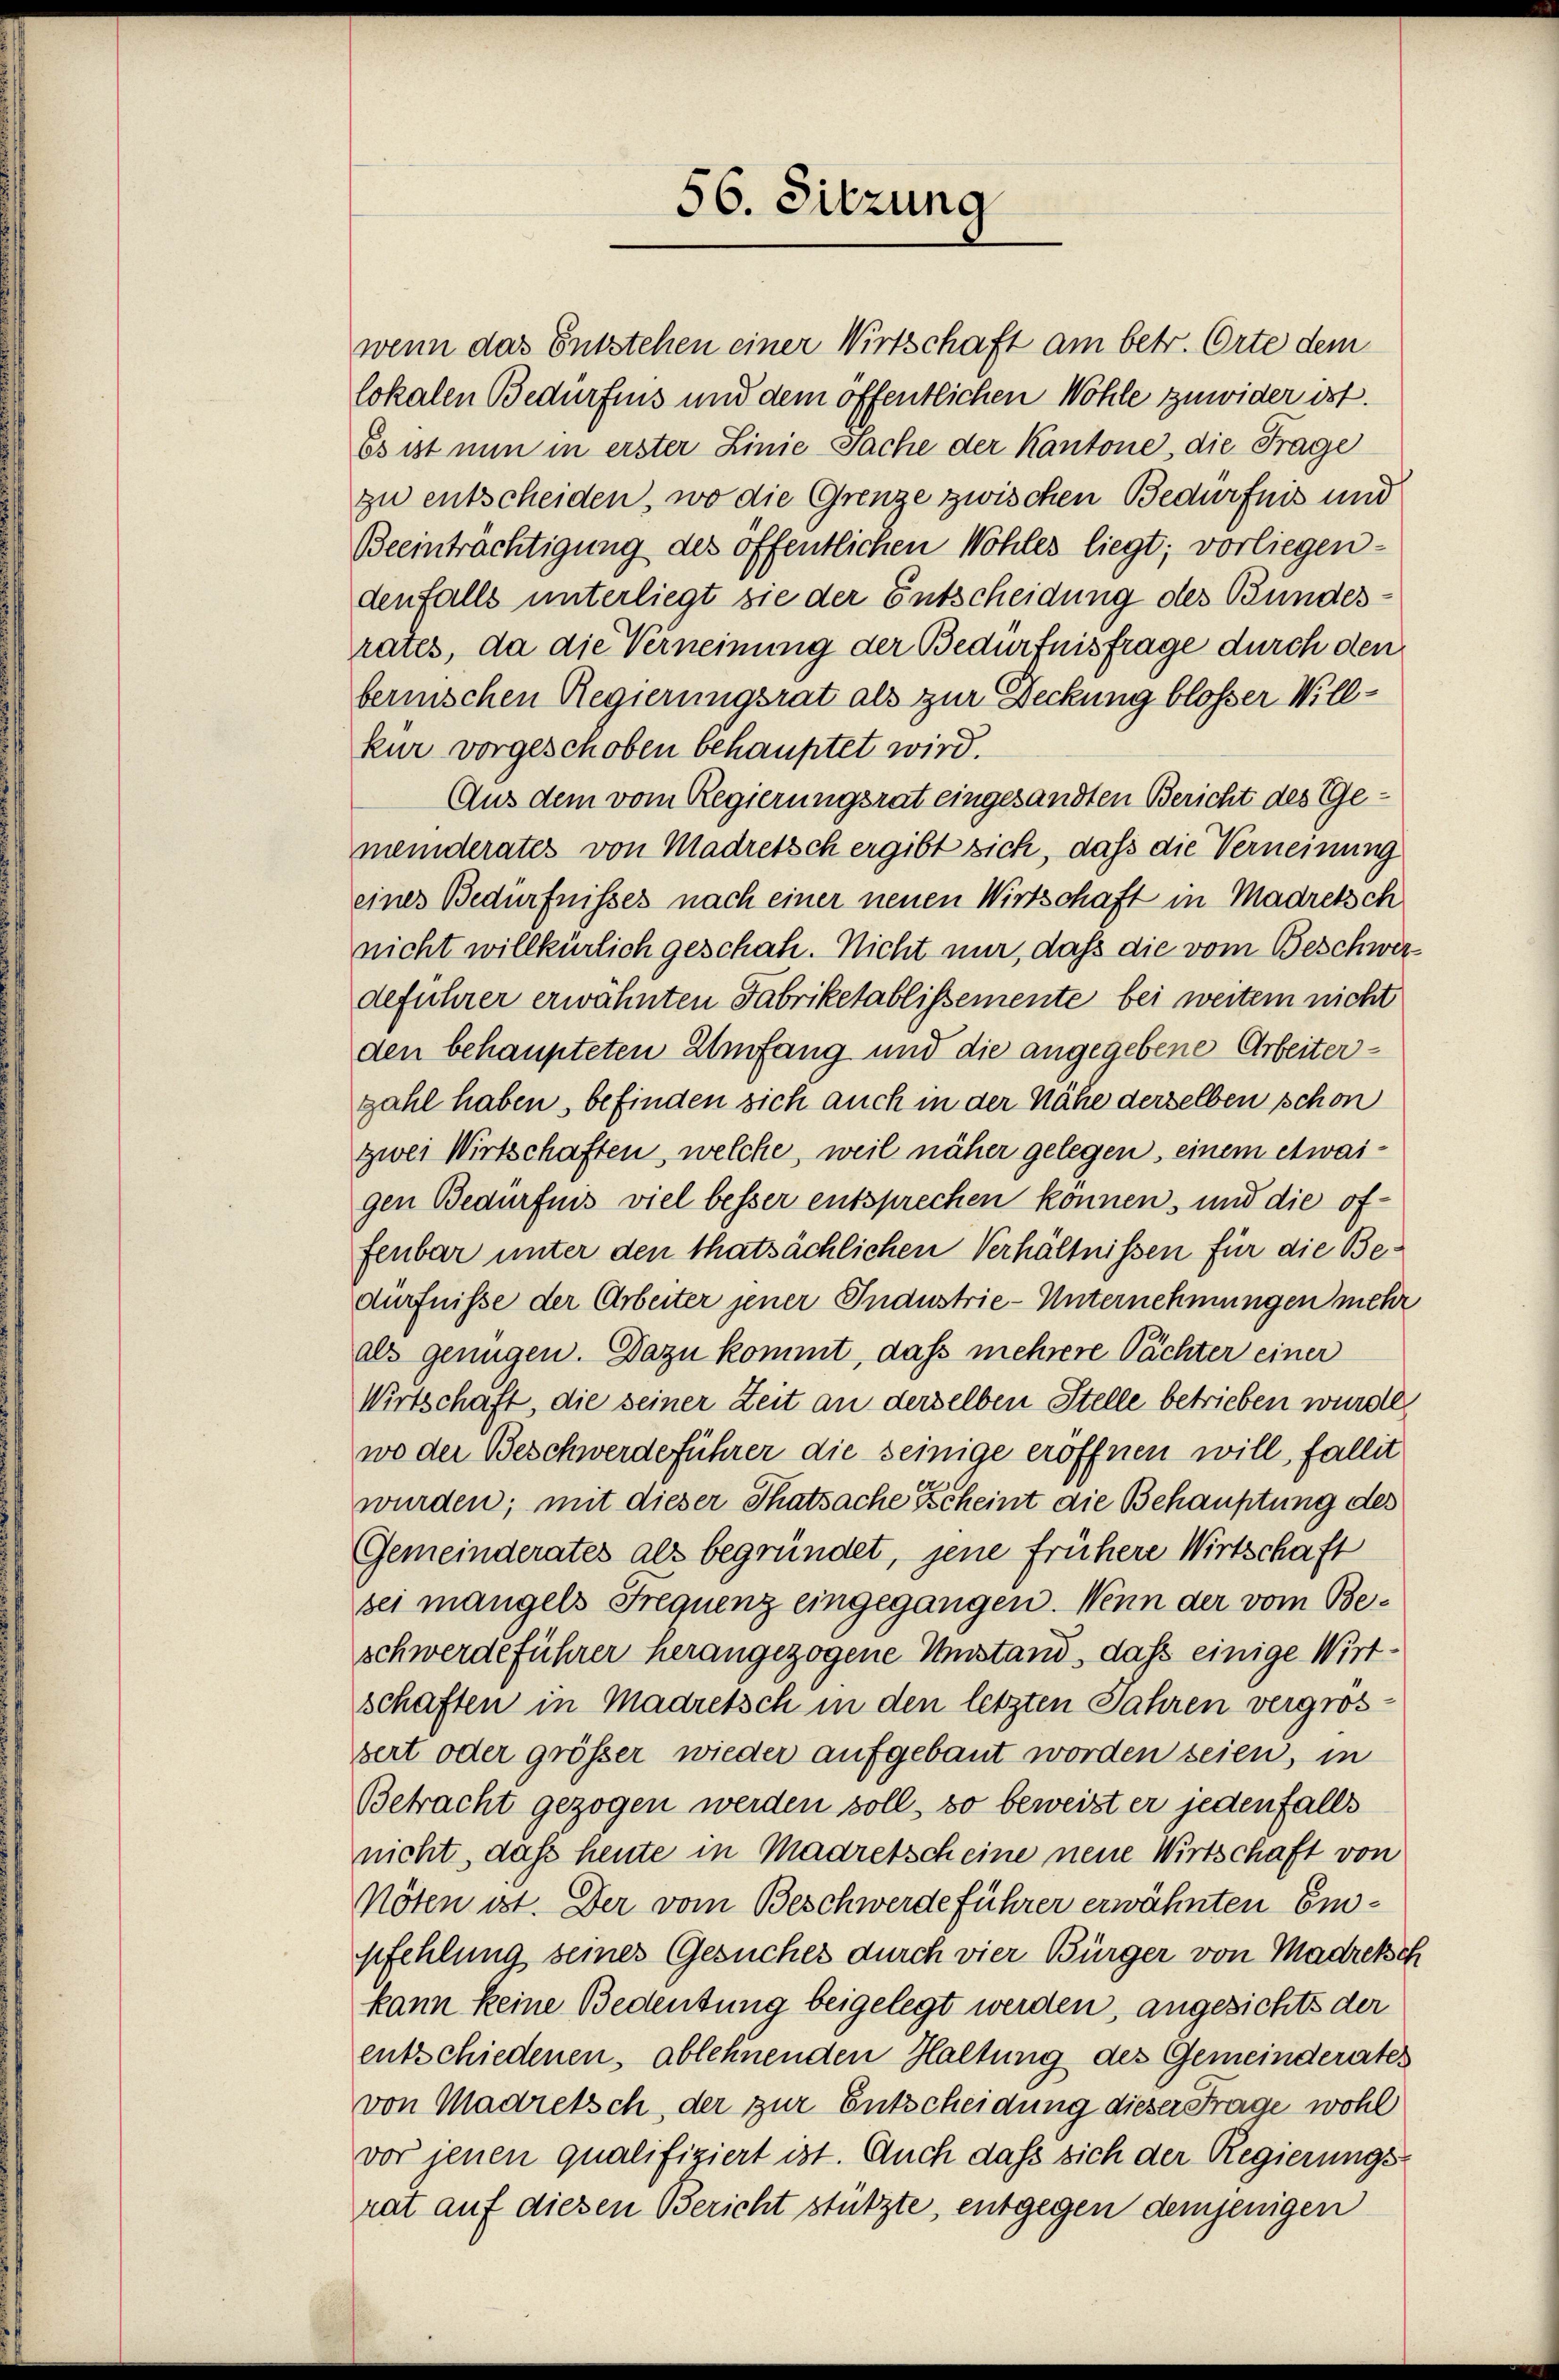
56. Sitzung

wenn das Entstehen einer Wirtschaft am betr. Orte dem
lokalen Bedürfnis und dem öffentlichen Wohle zuwider ist.
Es ist nun in erster Linie-Sache der Kantone, die Frage
zu entscheiden, wo die Grenze zwischen Bedürfnis und
Beeinträchtigung des öffentlichen Wohles liegt; vorliegendenfalls unterliegt sie der Entscheidung des Bundesrates, da die Verneinung der Bedürfnisfrage durch den
bernischen Regierungsrat als zur Deckung blosser Willkur vorgeschoben behauptet wird.
Aus dem vom Regierungsrat eingesandten Bericht des Gemeinderates von Madretsch ergibt sich, dass die Verneinung
eines Bedürfnisses nach einer neuen Wirtschaft in Madretsch
nicht willkürlich geschah. Nicht nur, daß die vom Beschwer
deführer erwähnten Fabriketablissemente bei weitem nicht
den behaupteten Umfang und die angegebene Arbeiterzahl haben, befinden sich auch in der Nähe derselben schon
zwei Wirtschaften, welche, weil näher gelegen, einem etwaigen Bedürfnis viel besser entsprechen können, und die offenbar unter den thatsächlichen Verhältnissen für die Bedürfnisse der Arbeiter jener Industrie-Unternehmungen mehr
als genügen. Dazu kommt, dass mehrere Pächter einer
Wirtschaft, die seiner Zeit an derselben Stelle betrieben wurde,
wo der Beschwerdeführer die seinige eröffnen will, fallit
wurden; mit dieser Thatsache Scheint die Behauptung des
Gemeinderates als begründet, jene frühere Wirtschaft
sei mangels Frequenz eingegangen. Wenn der vom Beschwerdeführer herangezogene Umstand, daß einige Wirt-
schaften in Madretsch in den letzten Jahren vergrosbert oder größer wieder aufgebaut worden seien, in
Betracht gezogen werden soll, so beweist er jedenfalls
nicht, daß heute in Madretscheine neue Wirtschaft von
Nöten ist. Der vom Beschwerde führer erwähnten Empfehlung seines Gesuches durch vier Bürger von Madreke,
kann keine Bedeutung beigelegt werden, angesichts der
entschiedenen, ablehnenden Haltung des Gemeinderates
von Madretsch, der zur Entscheidung dieser Frage wohl
vor jenen qualifiziert ist. Auch dass sich der Regierungs-
rat auf diesen Bericht stützte, entgegen demjenigen